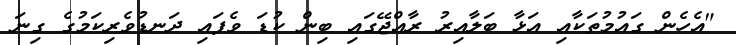
"އެހެން ގައުމުތަކާއި އަޅާ ބަލާއިރު ރާއްޖޭގައި ބިން ކުޑަ ވެފައި ދަނޑުވެރިކަމުގެ ގިނަ